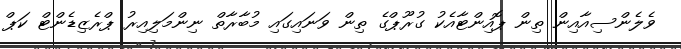
ވެލެންސިއާއިން ތިން ޕޮއިންޓާއެކު ގުރޫޕްގެ ތިން ވަނައިގައި މުބާރާތް ނިންމަލިއިރު ޕްރެޒިޑެންޓް ކަޕް